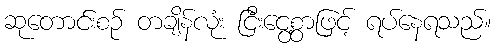
ဆုတောင်းစဉ် တချိန်လုံး ငြီးငွေ့စွာဖြင့် ရပ်နေရသည်။